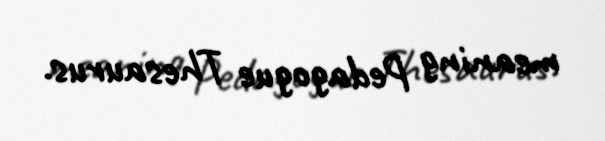
meaning Pedagogue Thesaurus.